Scientific memoirs by medical officers of the Army of India - Part III,
Year: 1887
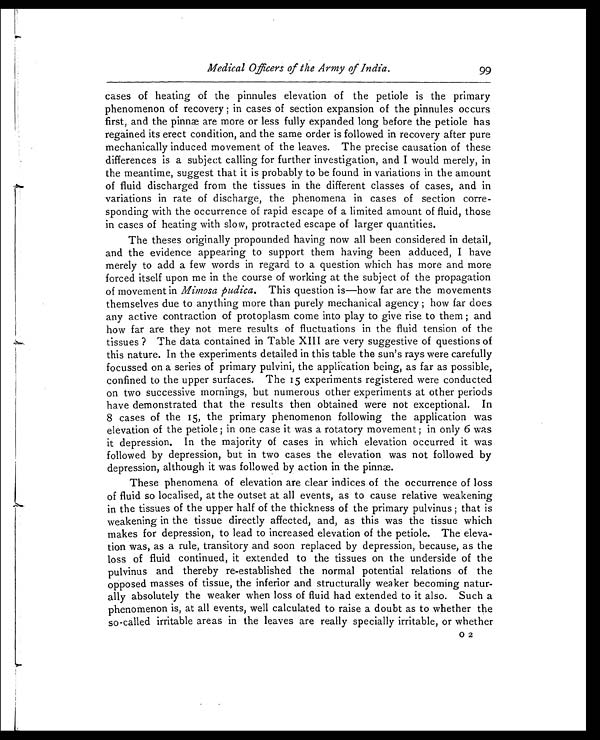
Medical Officers of the Army of India.
cases of heating of the pinnules elevation of the petiole is the primary
phenomenon of recovery ; in cases of section expansion of the pinnules occurs
first, and the pinnæ are more or less fully expanded long before the petiole has
regained its erect condition, and the same order is followed in recovery after pure
mechanically induced movement of the leaves. The precise causation of these
differences is a subject calling for further investigation, and I would merely, in
the meantime, suggest that it is probably to be found in variations in the amount
of fluid discharged from the tissues in the different classes of cases, and in
variations in rate of discharge, the phenomena in cases of section corre-
sponding with the occurrence of rapid escape of a limited amount of fluid, those
in cases of heating with slow, protracted escape of larger quantities.
The theses originally propounded having now all been considered in detail,
and the evidence appearing to support them having been adduced, I have
merely to add a few words in regard to a question which has more and more
forced itself upon me in the course of working at the subject of the propagation
of movement in Mimosa pudica. This question is—how far are the movements
themselves due to anything more than purely mechanical agency ; how far does
any active contraction of protoplasm come into play to give rise to them ; and
how far are they not mere results of fluctuations in the fluid tension of the
tissues ? The data contained in Table XIII are very suggestive of questions of
this nature. In the experiments detailed in this table the sun's rays were carefully
focussed on a series of primary pulvini, the application being, as far as possible,
confined to the upper surfaces. The 15 experiments registered were conducted
on two successive mornings, but numerous other experiments at other periods
have demonstrated that the results then obtained were not exceptional. In
8 cases of the 15, the primary phenomenon following the application was
elevation of the petiole ; in one case it was a rotatory movement ; in only 6 was
it depression. In the majority of cases in which elevation occurred it was
followed by depression, but in two cases the elevation was not followed by
depression, although it was followed by action in the pinnæ.
These phenomena of elevation are clear indices of the occurrence of loss
of fluid so localised, at the outset at all events, as to cause relative weakening
in the tissues of the upper half of the thickness of the primary pulvinus ; that is
weakening in the tissue directly affected, and, as this was the tissue which
makes for depression, to lead to increased elevation of the petiole. The eleva-
tion was, as a rule, transitory and soon replaced by depression, because, as the
loss of fluid continued, it extended to the tissues on the underside of the
pulvinus and thereby re-established the normal potential relations of the
opposed masses of tissue, the inferior and structurally weaker becoming natur-
ally absolutely the weaker when loss of fluid had extended to it also. Such a
phenomenon is, at all events, well calculated to raise a doubt as to whether the
so-called irritable areas in the leaves are really specially irritable, or whether
99